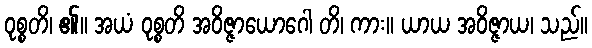
ဝုစ္စတိ၊ ၏။ အယံ ဝုစ္စတိ အဝိဇ္ဇာယောဂေါ တိ၊ ကား။ ယာယ အဝိဇ္ဇာယ၊ သည်။